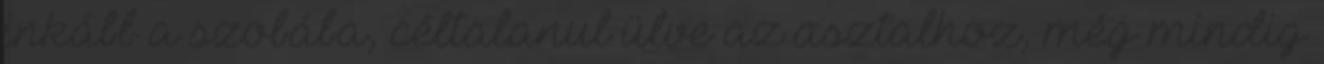
inkább a szobába, céltalanul ülve az asztalhoz, még mindig